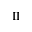
\mathrm { I I }